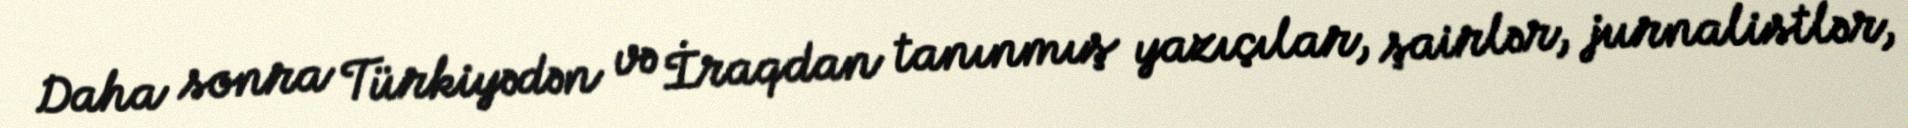
Daha sonra Türkiyədən və İraqdan tanınmış yazıçılar, şairlər, jurnalistlər,